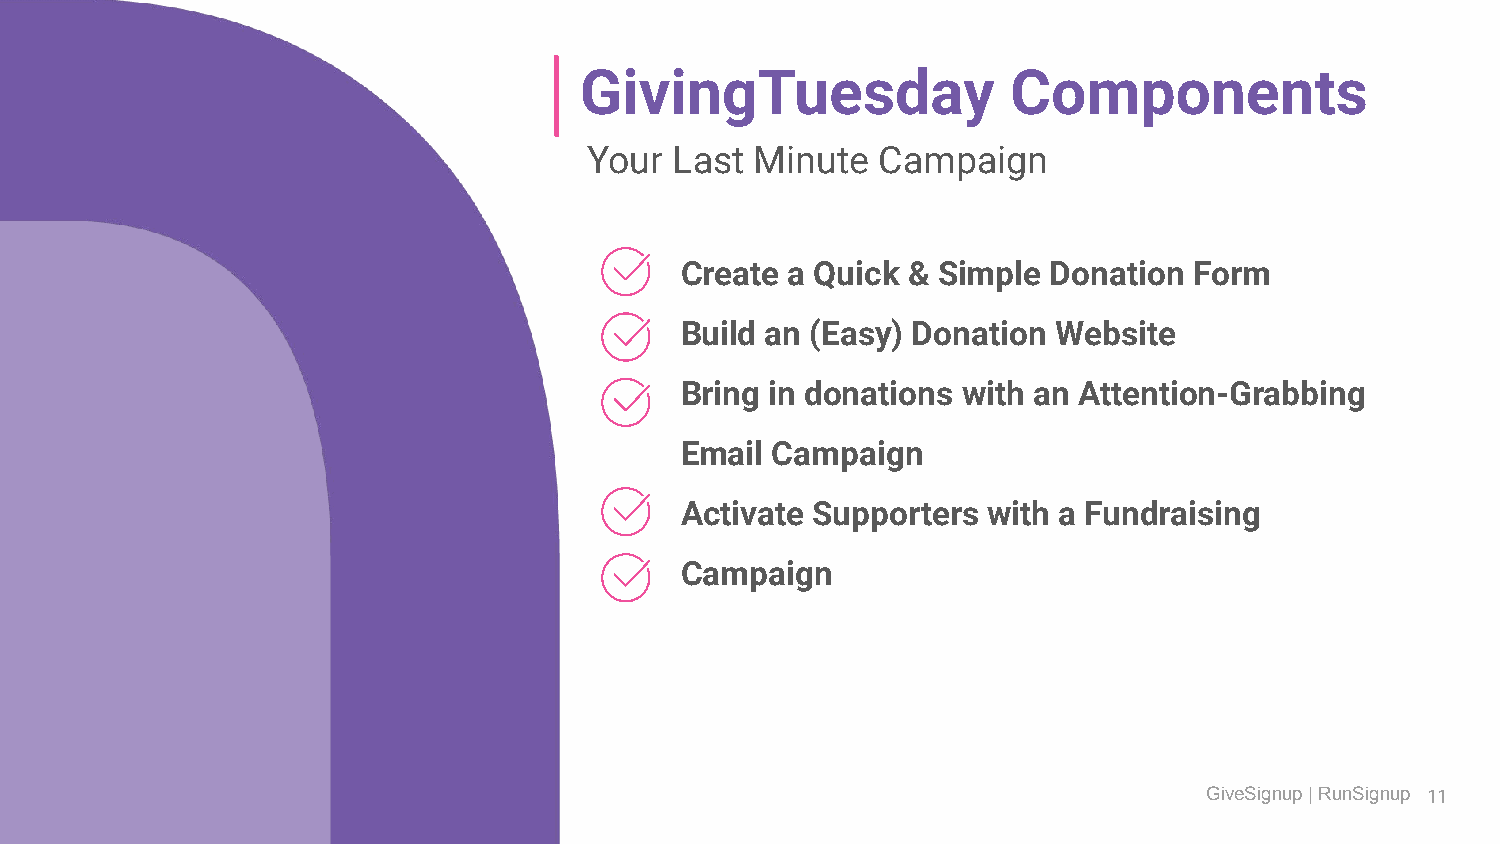
GivingTuesday                Components
 Your  Last Minute  Campaign
 Create a Quick & Simple  Donation Form
 Build an (Easy) Donation Website
 Bring in donations with an Attention-Grabbing
 Email Campaign
 Activate Supporters with a Fundraising
 Campaign
 GiveSignup | RunSignup 11